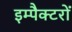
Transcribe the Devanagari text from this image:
इम्पैक्टरों